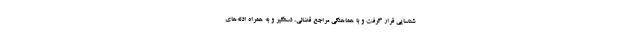
شناسایی قرار گرفت و با هماهنگی مراجع قضائی، دستگیر و به همراه ادله‌های